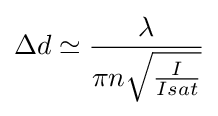
\Delta d\simeq {\frac {\lambda }{\pi n{\sqrt {\frac {I}{Isat}}}}}